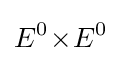
E^{0}\!\times \!E^{0}